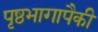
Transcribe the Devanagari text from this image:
पृष्ठभागापैकी